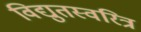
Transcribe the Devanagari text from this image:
विद्युतस्वरित्र